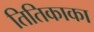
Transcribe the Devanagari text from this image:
तितिकाका